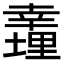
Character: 𢆪